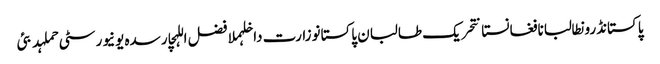
پاکستانڈرونطالبانافغانستانتحریک طالبان پاکستانوزارت داخلہملا فضل اللہچارسدہ یونیورسٹی حملہدبئی